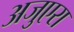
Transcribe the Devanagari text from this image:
अजुएरा